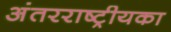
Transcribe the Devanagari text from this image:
अंतरराष्ट्रीयका